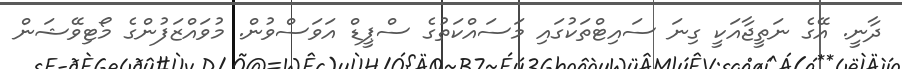
ދާނީ. އޭގެ ނަތީޖާއަކީ ގިނަ ސައިޓްތަކުގައި މަސައްކަތުގެ ސްޕީޑް އަވަސްވުން. މުވައްޒަފުންގެ މޯޓިވޭޝަން